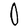
Character: O